Note on the mental hospitals in Burma - 1925-1940
Year: 1925
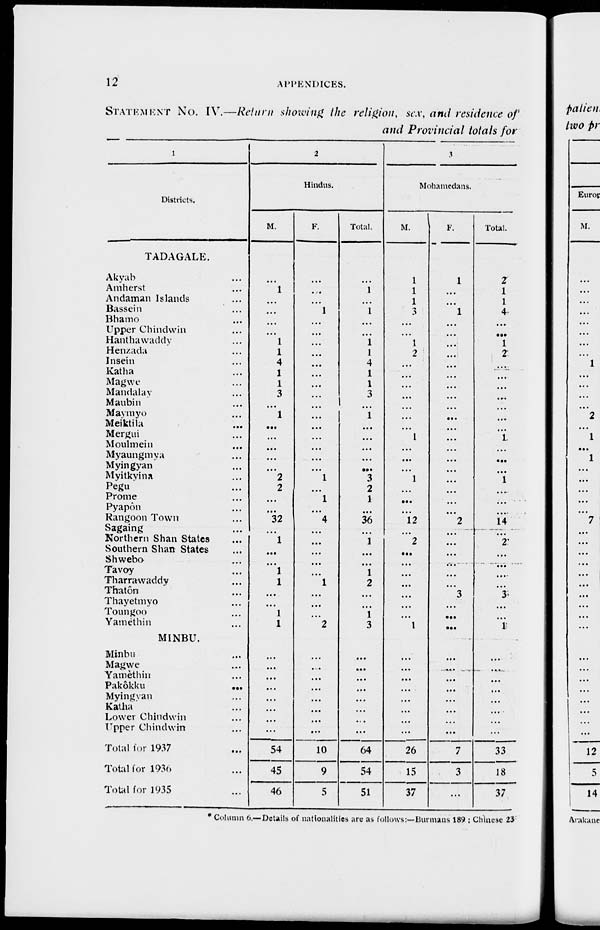
12
APPENDICES.
STATEMENT No. IV.—Return showing the religion, sex, and residence of
and Provincial totals for
1
Districts.
TADAGALE.
Akyab ...
Amherst ...
Andaman Islands ...
Bassein ...
Bhamo ...
Upper Chindwin ...
Hanthawaddy ...
Henzada ...
Insein ...
Katha ...
Magwe ...
Mandalay ...
Maubin ...
Maymyo ...
Meiktila ...
Mergui ...
Moulmein ...
Myaungmya ...
Myingyan ...
Myitkyina ...
Pegu ...
Prome ...
Pyapôn ...
Rangoon Town ...
Sagaing ...
Northern Shan States ...
Southern Shan States ...
Shwebo ...
Tavoy ...
Tharrawaddy ...
Thatôn ...
Thayetmyo ...
Toungoo ...
Yamethin ...
MINBU.
Minbu ...
Magwe ...
Yamethin ...
Pakôkku ...
Myingvan ...
Katha ...
Lower Chindwin ...
Upper Chindwin ...
Total for 1937 ...
Total for 1936 ...
Total for 1935 ...
2
Hindus.
M.
...
1
...
...
...
...
1
1
4
1
1
3
...
1
...
...
...
...
...
2
2
...
...
32
...
1
...
...
1
1
...
...
1
1
...
...
...
...
...
...
...
...
54
45
46
F.
...
...
...
1
...
...
...
...
...
...
...
...
...
...
...
...
...
...
...
1
...
1
...
4
...
...
...
...
...
1
...
...
...
2
...
...
...
...
...
...
...
...
10
9
5
Total.
...
1
...
1
...
...
1
1
4
1
1
3
...
1
...
...
...
...
...
3
2
1
...
36
...
1
...
...
1
2
...
...
1
3
...
...
...
...
...
...
...
...
64
54
51
3
Mohamedans.
M.
1
1
1
3
...
...
1
2
...
...
...
...
...
...
...
1
...
...
...
1
...
...
...
12
...
2
...
...
...
...
...
...
...
1
...
...
...
...
...
...
...
...
26
15
37
F.
1
...
...
1
...
...
...
...
...
...
...
...
...
...
...
...
...
...
...
...
...
...
...
2
...
...
...
...
...
...
3
...
...
...
...
...
...
...
...
...
...
...
7
3
...
Total.
2
1
1
4
...
...
1
2
...
...
...
...
...
...
...
1
...
...
...
1
...
...
...
14
...
2
...
...
...
...
3
...
...
1
...
...
...
...
...
...
...
...
33
18
37
* Column 6. — Details of nationalities are as follows:—Burmans 189 ; Chinese 23